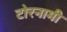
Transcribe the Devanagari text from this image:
टोरनामी